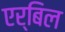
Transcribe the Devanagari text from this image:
एर्बिल